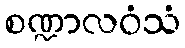
စဏ္ဍာလဝံသံ